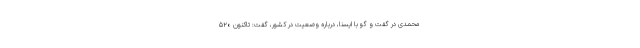
محمدی در گفت و گو با ایسنا، درباره وضعیت در کشور، گفت: تاکنون ۵۲۰